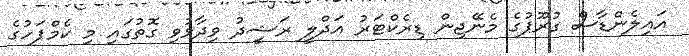
އައިލެންޑާސް ގުރޫޕުގެ މެނޭޖިން ޑިރެކްޓަރު އަދްލީ ރަޝީދު ވިދާޅުވި ގޮތުގައި މި ކެމްޕަހުގެ